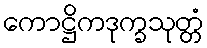
ကောဋ္ဌိကဒုက္ခသုတ္တံ